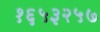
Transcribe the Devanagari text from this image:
१६५३२५७